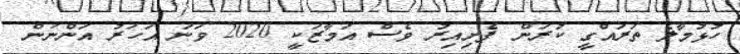
ހުޅުމާލެ ތަރައްގީ ކުރަން ފެށިއިރު ވެސް އަމާޒަކީ 2020 ވަނަ އަހަރު އަންނަން